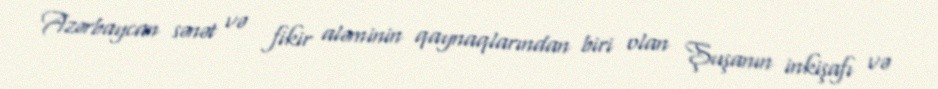
Azərbaycan sənət və fikir aləminin qaynaqlarından biri olan Şuşanın inkişafı və